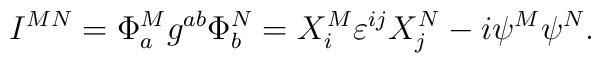
I^{MN}=\Phi _a^Mg^{ab}\Phi _b^N=X_i^M\varepsilon ^{ij}X_j^N-i\psi ^M\psi ^N.